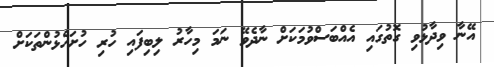
އޭނާ ވިދާޅުވި ގޮތުގައި އެއްބަސްވުމަކަށް ނާދެވޭ ނަމަ މިހާރު ލިބިފައި ހުރި ހުށަހެޅުންތަކަށް